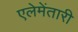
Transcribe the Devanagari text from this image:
एलेमेंतारी